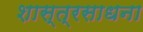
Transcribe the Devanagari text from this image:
शास्त्रसाधना